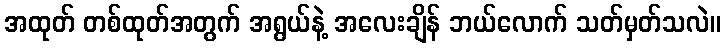
အထုတ် တစ်ထုတ်အတွက် အရွယ်နဲ့ အလေးချိန် ဘယ်လောက် သတ်မှတ်သလဲ။